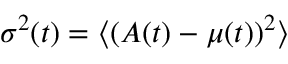
\sigma ^ { 2 } ( t ) = \langle { ( A ( t ) - \mu ( t ) ) ^ { 2 } } \rangle { }